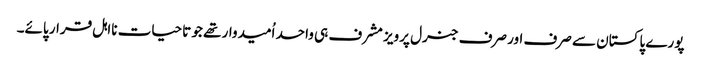
پورے پاکستان سے صرف اور صرف جنرل پرویز مشرف ہی واحد اُمیدوار تھے جو تاحیات نااہل قرار پائے۔